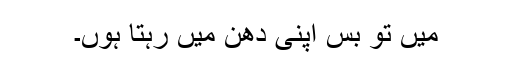
میں تو بس اپنی دھن میں رہتا ہوں۔